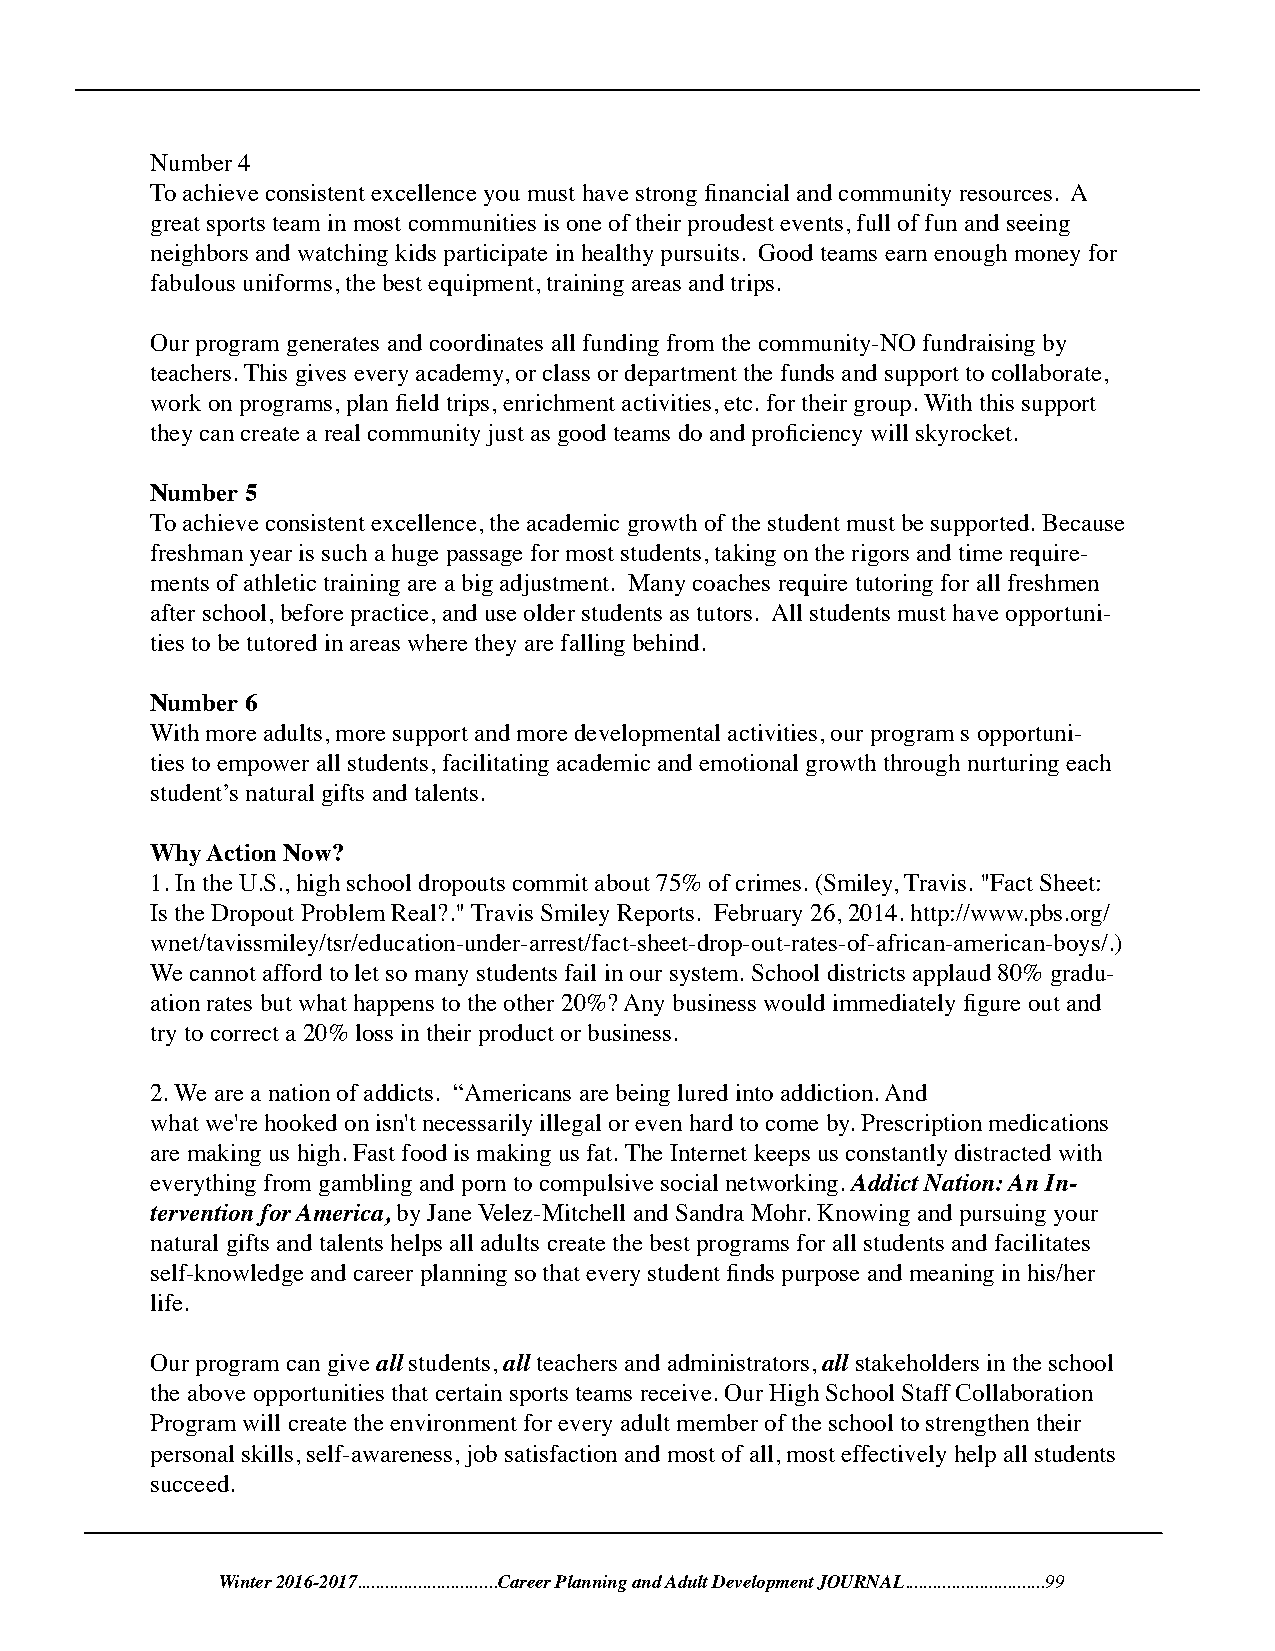
Number 4
 To achieve consistent excellence you must have strong financial and community resources. A
 great sports team in most communities is one of their proudest events, full of fun and seeing
 neighbors and watching kids participate in healthy pursuits. Good teams earn enough money for
 fabulous uniforms, the best equipment, training areas and trips.
 Our program generates and coordinates all funding from the community-NO fundraising by
 teachers. This gives every academy, or class or department the funds and support to collaborate,
 work on programs, plan field trips, enrichment activities, etc. for their group. With this support
 they can create a real community just as good teams do and proficiency will skyrocket.
 Number 5
 To achieve consistent excellence, the academic growth of the student must be supported. Because
 freshman year is such a huge passage for most students, taking on the rigors and time require-
 ments of athletic training are a big adjustment. Many coaches require tutoring for all freshmen
 after school, before practice, and use older students as tutors. All students must have opportuni-
 ties to be tutored in areas where they are falling behind.
 Number 6
 With more adults, more support and more developmental activities, our program s opportuni-
 ties to empower all students, facilitating academic and emotional growth through nurturing each
 student’s natural gifts and talents.
 Why Action Now?
 1. In the U.S., high school dropouts commit about 75% of crimes. (Smiley, Travis. "Fact Sheet:
 Is the Dropout Problem Real?." Travis Smiley Reports. February 26, 2014. http://www.pbs.org/
 wnet/tavissmiley/tsr/education-under-arrest/fact-sheet-drop-out-rates-of-african-american-boys/.)
 We cannot afford to let so many students fail in our system. School districts applaud 80% gradu-
 ation rates but what happens to the other 20%? Any business would immediately figure out and
 try to correct a 20% loss in their product or business.
 2. We are a nation of addicts. “Americans are being lured into addiction. And
 what we're hooked on isn't necessarily illegal or even hard to come by. Prescription medications
 are making us high. Fast food is making us fat. The Internet keeps us constantly distracted with
 everything from gambling and porn to compulsive social networking. Addict Nation: An In-
 tervention for America, by Jane Velez-Mitchell and Sandra Mohr. Knowing and pursuing your
 natural gifts and talents helps all adults create the best programs for all students and facilitates
 self-knowledge and career planning so that every student finds purpose and meaning in his/her
 life.
 Our program can give all students, all teachers and administrators, all stakeholders in the school
 the above opportunities that certain sports teams receive. Our High School Staff Collaboration
 Program will create the environment for every adult member of the school to strengthen their
 personal skills, self-awareness, job satisfaction and most of all, most effectively help all students
 succeed.
 Winter 2016-2017..............................Career Planning and Adult Development JOURNAL..............................99